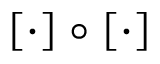
[ \cdot ] \circ [ \cdot ]